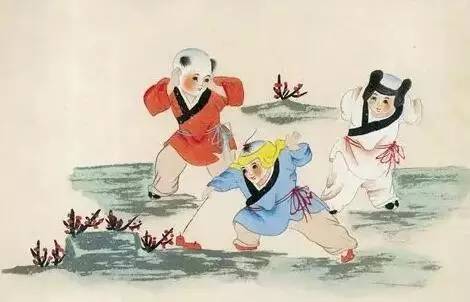
儿童强不睡，相守夜欢哗。